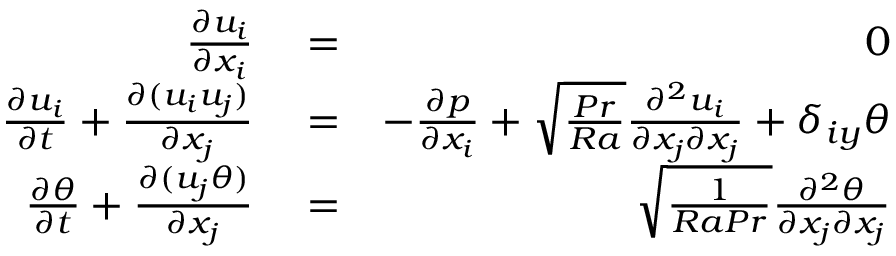
\begin{array} { r l r } { \frac { \partial u _ { i } } { \partial x _ { i } } } & { { } = } & { 0 } \\ { \frac { \partial u _ { i } } { \partial t } + \frac { \partial ( u _ { i } u _ { j } ) } { \partial x _ { j } } } & { { } = } & { - \frac { \partial p } { \partial x _ { i } } + \sqrt { \frac { P r } { R a } } \frac { \partial ^ { 2 } u _ { i } } { \partial x _ { j } \partial x _ { j } } + \delta _ { i y } \theta } \\ { \frac { \partial \theta } { \partial t } + \frac { \partial ( u _ { j } \theta ) } { \partial x _ { j } } } & { { } = } & { \sqrt { \frac { 1 } { R a P r } } \frac { \partial ^ { 2 } \theta } { \partial x _ { j } \partial x _ { j } } } \end{array}